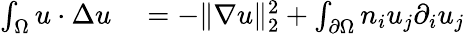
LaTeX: \begin{array}{rl}{\int_{\Omega}u\cdot\Delta u}&{{}=-\| \nabla u\| _{2}^{2}+\int_{\partial\Omega}n_{i}u_{j}\partial_{i}u_{j}}\end{array}